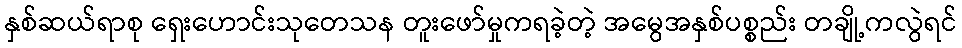
နှစ်ဆယ်ရာစု ရှေးဟောင်းသုတေသန တူးဖော်မှုကရခဲ့တဲ့ အမွေအနှစ်ပစ္စည်း တချို့ကလွဲရင်